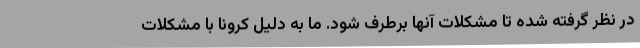
در نظر گرفته شده تا مشکلات آنها برطرف شود. ما به دلیل کرونا با مشکلات